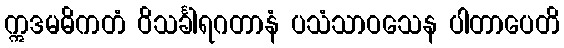
ဣဒမဓိကတံ ဝိသင်္ခါရဂတာနံ ပသံသာဝသေန ပါတာပေတိ